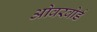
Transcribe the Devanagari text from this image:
ओवरबोर्ड